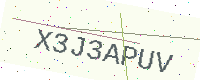
Text: X3J3APUV